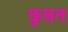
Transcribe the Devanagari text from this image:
छुसन